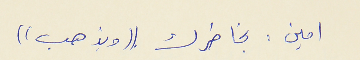
امين : بخاطرك ((ويذهب))